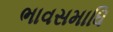
ભાવસમાધિ